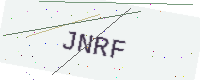
Text: JNRF